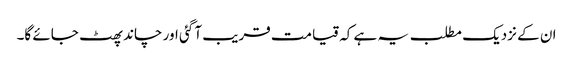
ان کے نزدیک مطلب یہ ہے کہ قیامت قریب آ گئی اور چاند پھٹ جائے گا۔